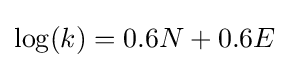
\log(k)=0.6N+0.6E